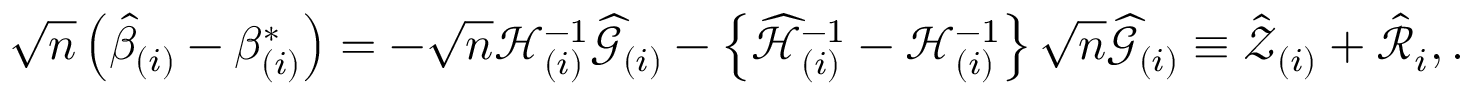
\sqrt { n } \left( \hat { \beta } _ { ( i ) } - \beta _ { ( i ) } ^ { \ast } \right) = - \sqrt { n } \mathcal { H } _ { ( i ) } ^ { - 1 } \widehat { \mathcal { G } } _ { ( i ) } - \left\{ \widehat { \mathcal { H } } _ { ( i ) } ^ { - 1 } - \mathcal { H } _ { ( i ) } ^ { - 1 } \right\} \sqrt { n } \widehat { \mathcal { G } } _ { ( i ) } \equiv \mathcal { \hat { Z } } _ { ( i ) } + \mathcal { \hat { R } } _ { i } , .